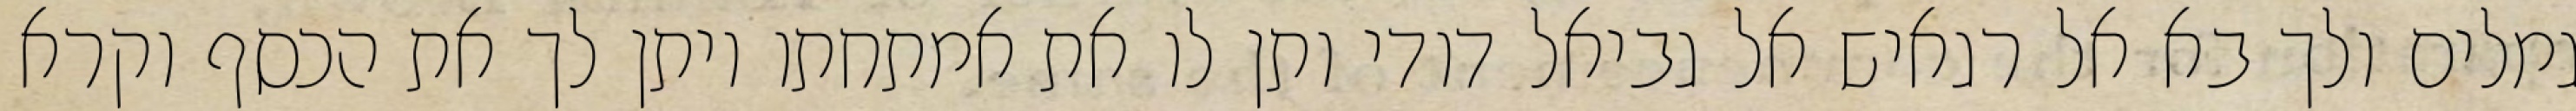
גמלים ולך בא אל רגאיש אל גביאל דודי ותן לו את אמתחתו ויתן לך את הכסף וקרא